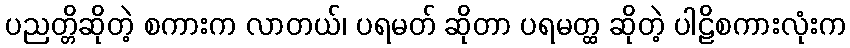
ပညတ္တိဆိုတဲ့ စကားက လာတယ်၊ ပရမတ် ဆိုတာ ပရမတ္ထ ဆိုတဲ့ ပါဠိစကားလုံးက